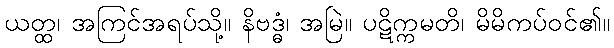
ယတ္ထ၊ အကြင်အရပ်သို့။ နိဗဒ္ဓံ၊ အမြဲ။ ပဋိက္ကမတိ၊ မိမိကပ်ဝင်၏။